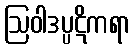
ဩဝါဒပ္ပဋိကရာ